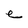
Character: e